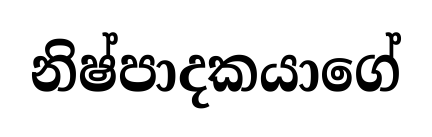
නිෂ්පාදකයාගේ